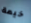
خيمة